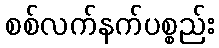
စစ်လက်နက်ပစ္စည်း